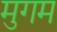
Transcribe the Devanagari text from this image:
मुगम